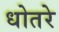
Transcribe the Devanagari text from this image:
धोतरे